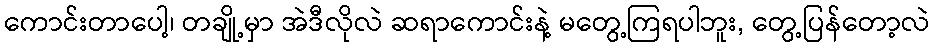
ကောင်းတာပေါ့၊ တချို့မှာ အဲဒီလိုလဲ ဆရာကောင်းနဲ့ မတွေ့ကြရပါဘူး, တွေ့ပြန်တော့လဲ